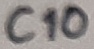
Text: C10